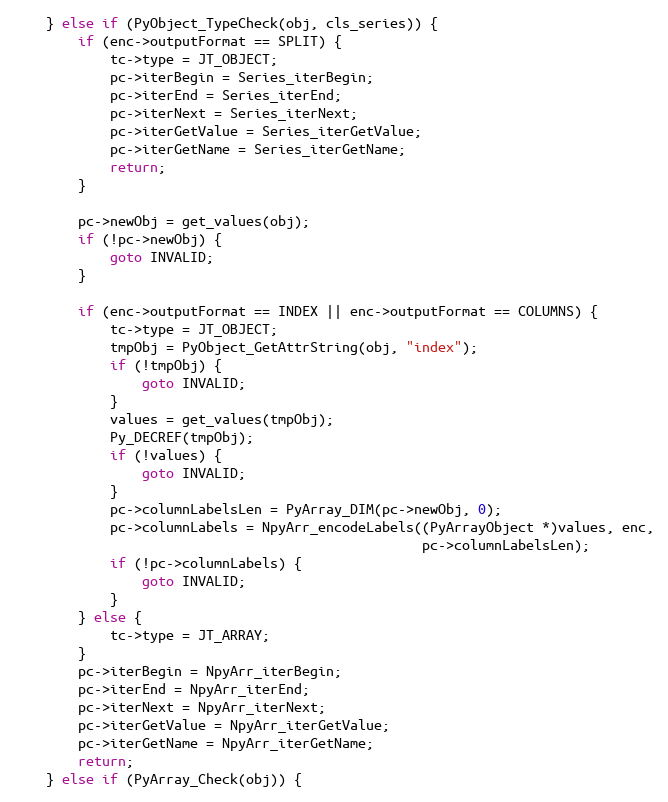
Language: C
    } else if (PyObject_TypeCheck(obj, cls_series)) {
        if (enc->outputFormat == SPLIT) {
            tc->type = JT_OBJECT;
            pc->iterBegin = Series_iterBegin;
            pc->iterEnd = Series_iterEnd;
            pc->iterNext = Series_iterNext;
            pc->iterGetValue = Series_iterGetValue;
            pc->iterGetName = Series_iterGetName;
            return;
        }

        pc->newObj = get_values(obj);
        if (!pc->newObj) {
            goto INVALID;
        }

        if (enc->outputFormat == INDEX || enc->outputFormat == COLUMNS) {
            tc->type = JT_OBJECT;
            tmpObj = PyObject_GetAttrString(obj, "index");
            if (!tmpObj) {
                goto INVALID;
            }
            values = get_values(tmpObj);
            Py_DECREF(tmpObj);
            if (!values) {
                goto INVALID;
            }
            pc->columnLabelsLen = PyArray_DIM(pc->newObj, 0);
            pc->columnLabels = NpyArr_encodeLabels((PyArrayObject *)values, enc,
                                                   pc->columnLabelsLen);
            if (!pc->columnLabels) {
                goto INVALID;
            }
        } else {
            tc->type = JT_ARRAY;
        }
        pc->iterBegin = NpyArr_iterBegin;
        pc->iterEnd = NpyArr_iterEnd;
        pc->iterNext = NpyArr_iterNext;
        pc->iterGetValue = NpyArr_iterGetValue;
        pc->iterGetName = NpyArr_iterGetName;
        return;
    } else if (PyArray_Check(obj)) {